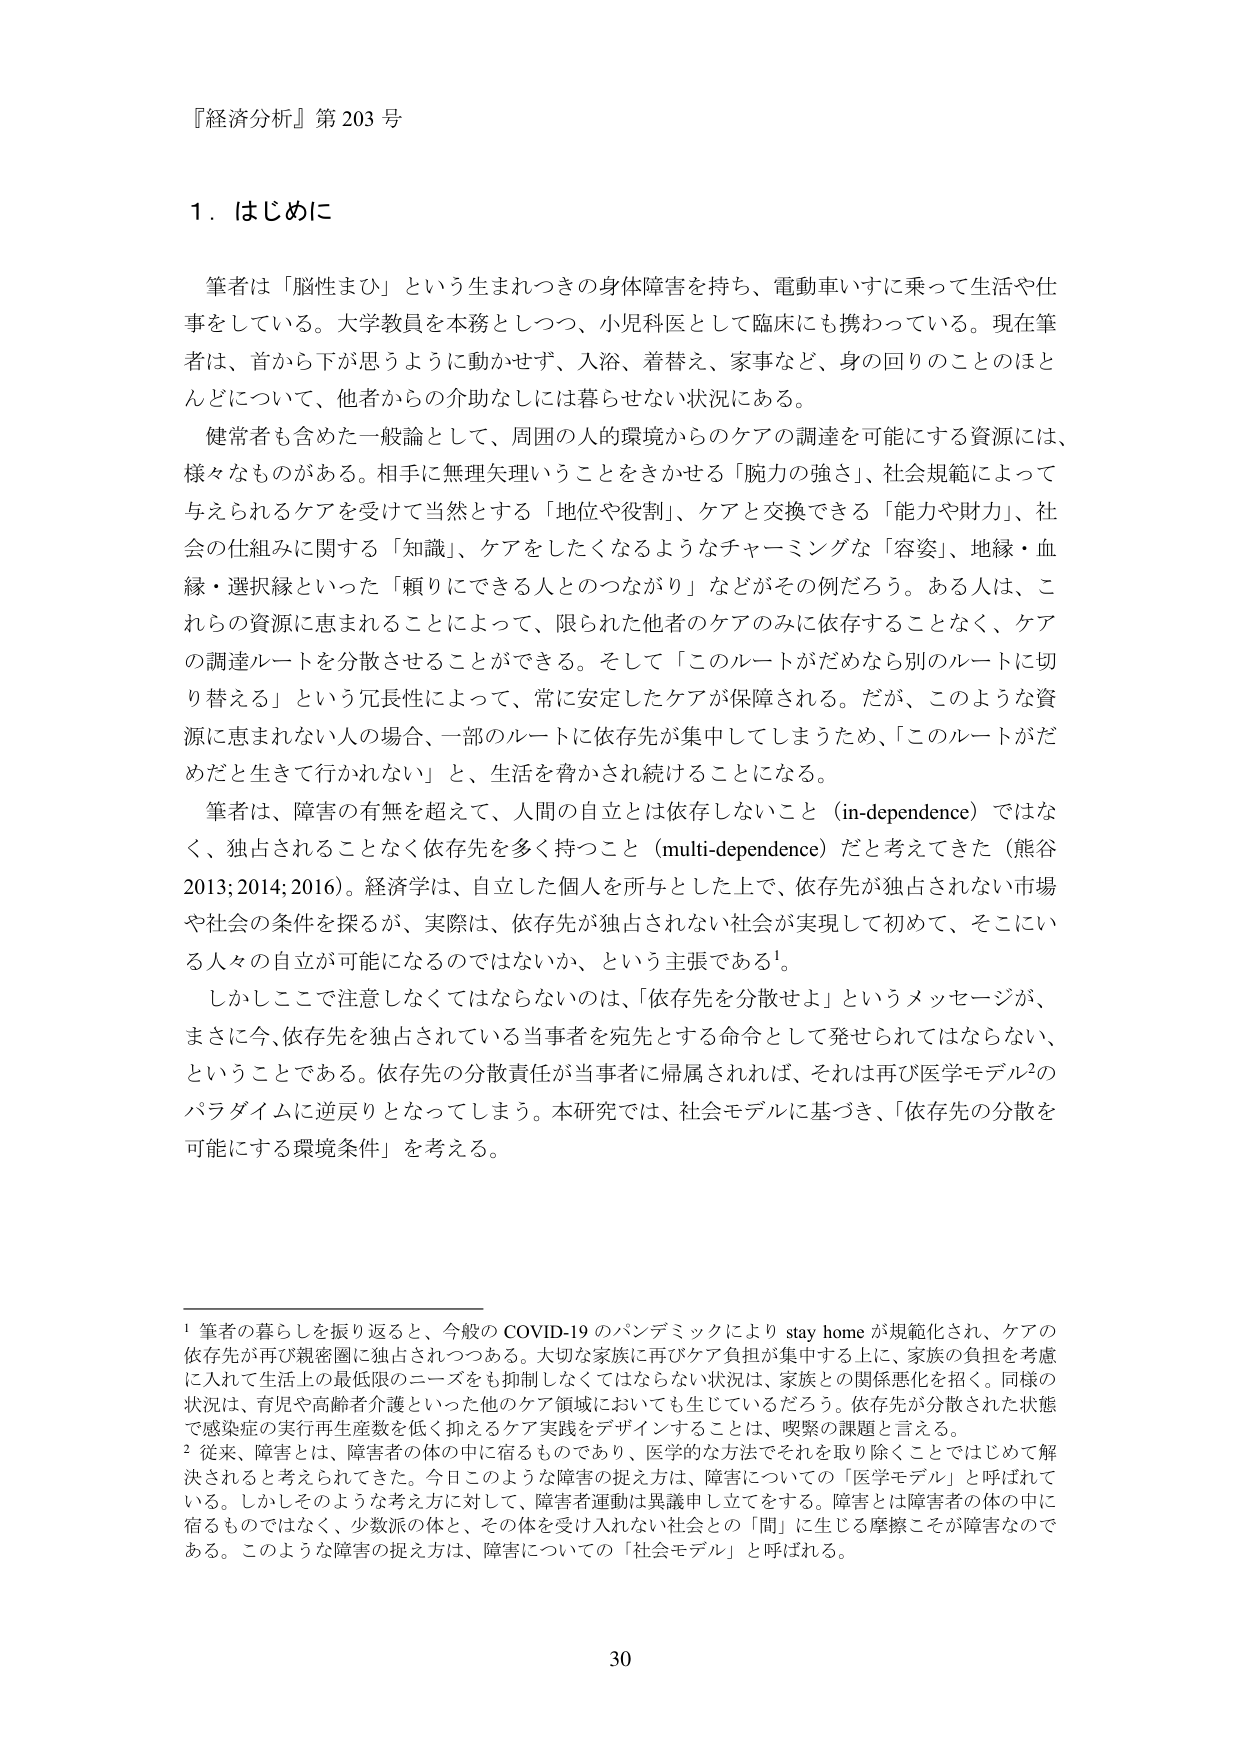
『経済分析』第203号

1．はじめに

筆者は「脳性まひ」という生まれつきの身体障害を持ち、電動車いすに乗って生活や仕事をしている。大学教員を本務としつつ、小児科医として臨床にも携わっている。現在筆者は、首から下が思うように動かせず、入浴、着替え、家事など、身の回りのことのほとんどについて、他者からの介助なしには暮らせない状況にある。

健常者も含めた一般論として、周囲の人的環境からのケアの調達を可能にする資源には、様々なものがある。相手に無理矢理いうことをきかせる「腕力の強さ」、社会規範によって与えられるケアを受けて当然とする「地位や役割」、ケアと交換できる「能力や財力」、社会の仕組みに関する「知識」、ケアをしたくなるようなチャーミングな「容姿」、地縁・血縁・選択縁といった「頼りにできる人とのつながり」などがその例だろう。ある人は、これらの資源に恵まれることによって、限られた他者のケアのみに依存することなく、ケアの調達ルートを分散させることができる。そして「このルートがだめなら別のルートに切り替える」という冗長性によって、常に安定したケアが保障される。だが、このような資源に恵まれない人の場合、一部のルートに依存先が集中してしまうため、「このルートがだめだと生きて行かれない」と、生活を脅かされ続けることになる。

筆者は、障害の有無を超えて、人間の自立とは依存しないこと（in-dependence）ではなく、独占されることなく依存先を多く持つこと（multi-dependence）だと考えてきた（熊谷2013; 2014; 2016）。経済学は、自立した個人を所与とした上で、依存先が独占されない市場や社会の条件を探るが、実際は、依存先が独占されない社会が実現して初めて、そこにいる人々の自立が可能になるのではないか、という主張である¹。

しかしここで注意しなくてはならないのは、「依存先を分散せよ」というメッセージが、まさに今、依存先を独占されている当事者を宛先とする命令として発せられてはならない、ということである。依存先の分散責任が当事者に帰属されれば、それは再び医学モデル²のパラダイムに逆戻りとなってしまう。本研究では、社会モデルに基づき、「依存先の分散を可能にする環境条件」を考える。

¹ 筆者の暮らしを振り返ると、今般のCOVID-19のパンデミックによりstay homeが規範化され、ケアの依存先が再び親密圏に独占されつつある。大切な家族に再びケア負担が集中する上に、家族の負担を考慮に入れて生活上の最低限のニーズをも抑制しなくてはならない状況は、家族との関係悪化を招く。同様の状況は、育児や高齢者介護といった他のケア領域においても生じているだろう。依存先が分散された状態で感染症の実行再生産数を低く抑えるケア実践をデザインすることは、喫緊の課題と言える。

² 従来、障害とは、障害者の体の中に宿るものであり、医学的な方法でそれを取り除くことではじめて解決されると考えられてきた。今日このような障害の捉え方は、障害についての「医学モデル」と呼ばれている。しかしそのような考え方に対して、障害者運動は異議申し立てをする。障害とは障害者の体の中に宿るものではなく、少数派の体と、その体を受け入れない社会との「間」に生じる摩擦こそが障害なのである。このような障害の捉え方は、障害についての「社会モデル」と呼ばれる。

30